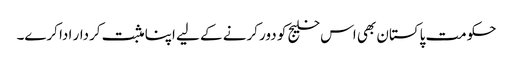
حکومت پاکستان بھی اس خلیج کو دور کرنے کے لیے اپنا مثبت کردار ادا کرے۔